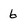
Character: 6